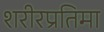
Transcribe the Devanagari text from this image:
शरीरप्रतिमा